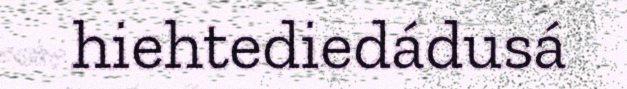
hiehtediedádusá